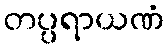
တပ္ပရာယဏံ